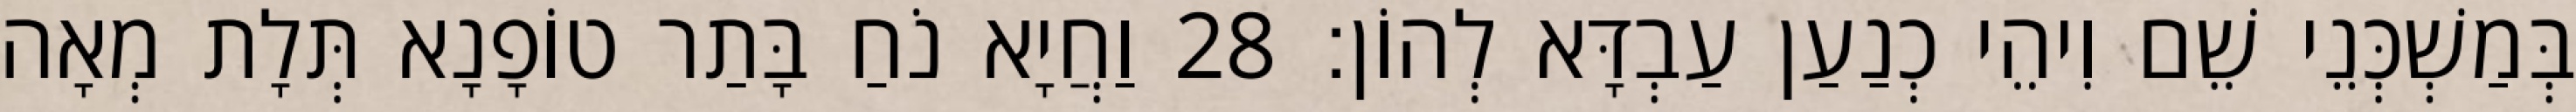
בְּמַשְׁכְּנֵי שֵׁם וִיהֵי כְנַעַן עַבְדָּא לְהוֹן׃ 28 וַחֲיָא נֹחַ בָּתַר טוֹפָנָא תְּלָת מְאָה